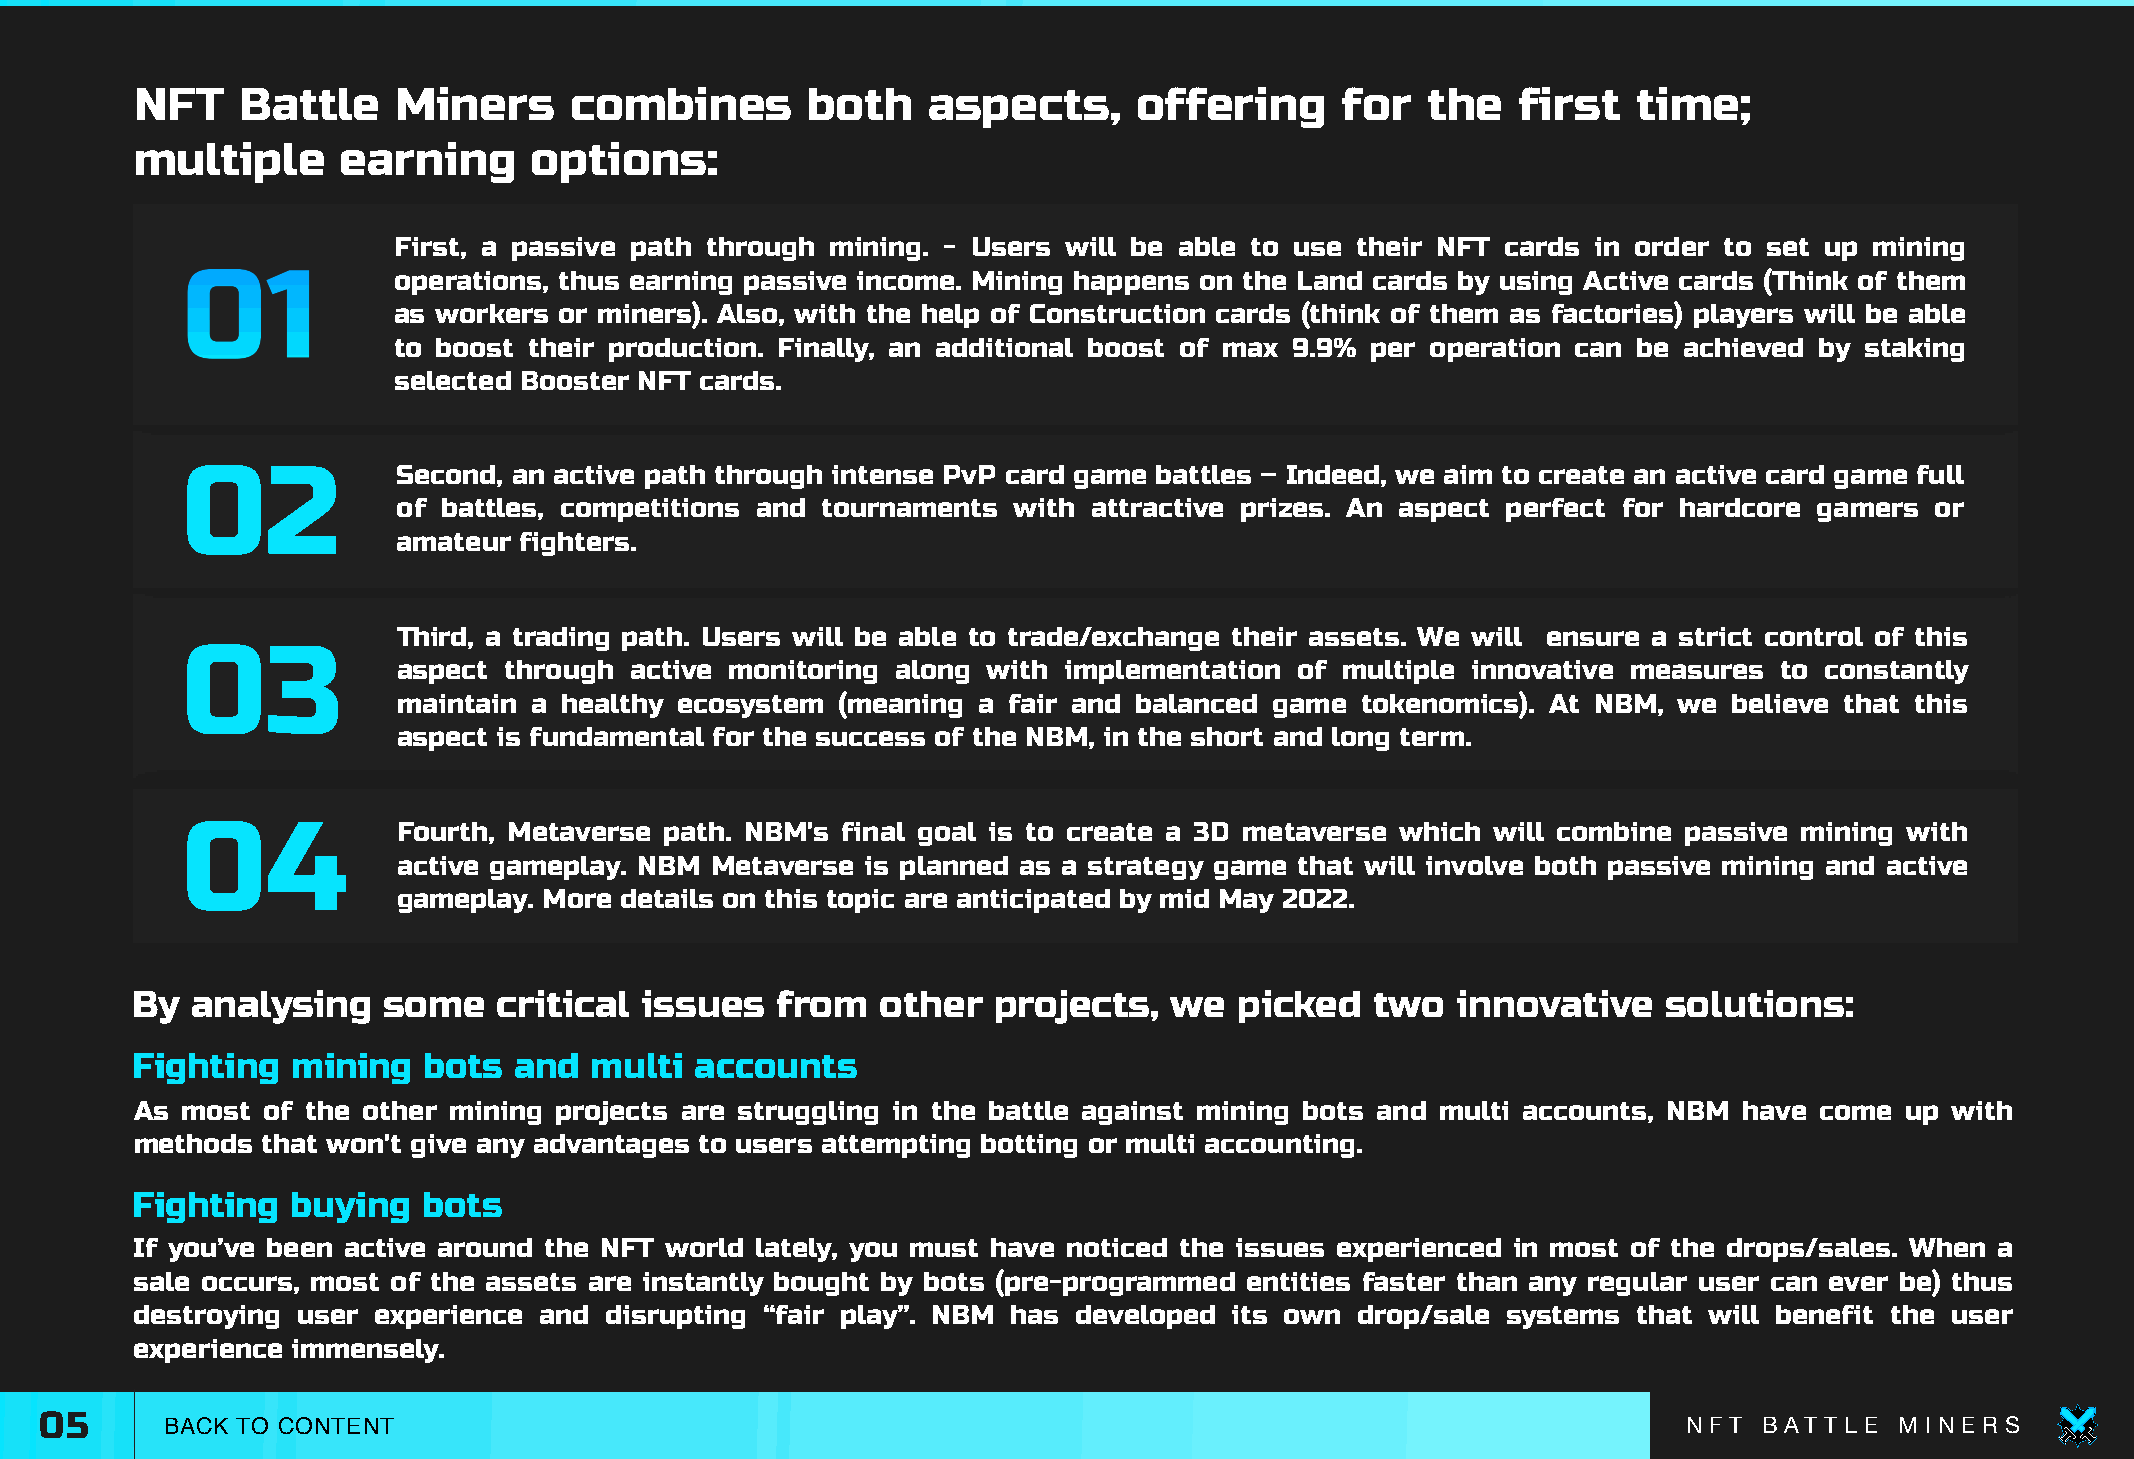
NFT    Battle    Miners      combines       both    aspects,      offering      for  the    first  time;
 multiple      earning     options:
 First, a passive path through mining. - Users will be able to use their NFT cards in order to set up mining
 01            operations, thus earning passive income. Mining happens on the Land cards by using Active cards (Think of them
 as workers or miners). Also, with the help of Construction cards (think of them as factories) players will be able
 to boost their production. Finally, an additional boost of max 9.9% per operation can be achieved by staking
 selected Booster NFT cards.
 02            Second, an active path through intense PvP card game battles – Indeed, we aim to create an active card game full
 of battles, competitions and tournaments with attractive prizes. An aspect perfect for hardcore gamers or
 amateur fighters.
 Third, a trading path. Users will be able to trade/exchange their assets. We will ensure a strict control of this
 03
 aspect through  active monitoring along with implementation of multiple innovative measures to constantly
 maintain a healthy ecosystem  (meaning a fair and balanced game tokenomics). At NBM, we  believe that this
 aspect is fundamental for the success of the NBM, in the short and long term.
 04            Fourth, Metaverse path. NBM's final goal is to create a 3D metaverse which will combine passive mining with
 active gameplay. NBM Metaverse is planned as a strategy game that will involve both passive mining and active
 gameplay. More details on this topic are anticipated by mid May 2022.
 By  analysing   some    critical issues   from   other   projects,   we  picked   two  innovative    solutions:
 Fighting  mining   bots  and  multi  accounts
 As most of the other mining projects are struggling in the battle against mining bots and multi accounts, NBM have come up with
 methods that won't give any advantages to users attempting botting or multi accounting.
 Fighting  buying   bots
 If you’ve been active around the NFT world lately, you must have noticed the issues experienced in most of the drops/sales. When a
 sale occurs, most of the assets are instantly bought by bots (pre-programmed entities faster than any regular user can ever be) thus
 destroying user experience and disrupting “fair play”. NBM has developed its own drop/sale systems that will benefit the user
 experience immensely.
 05      BACK TO CONTENT                                                                                      N F T B AT T L E M I N E R S